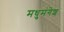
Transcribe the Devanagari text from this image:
मधुमंगेश